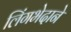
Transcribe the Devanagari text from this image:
लिंगभेदाने